Report on sanitation, dispensaries, and jails in Rajputana for 1921, and on vaccination for the year 1921-1922 - 1921-1922
Year: 1921
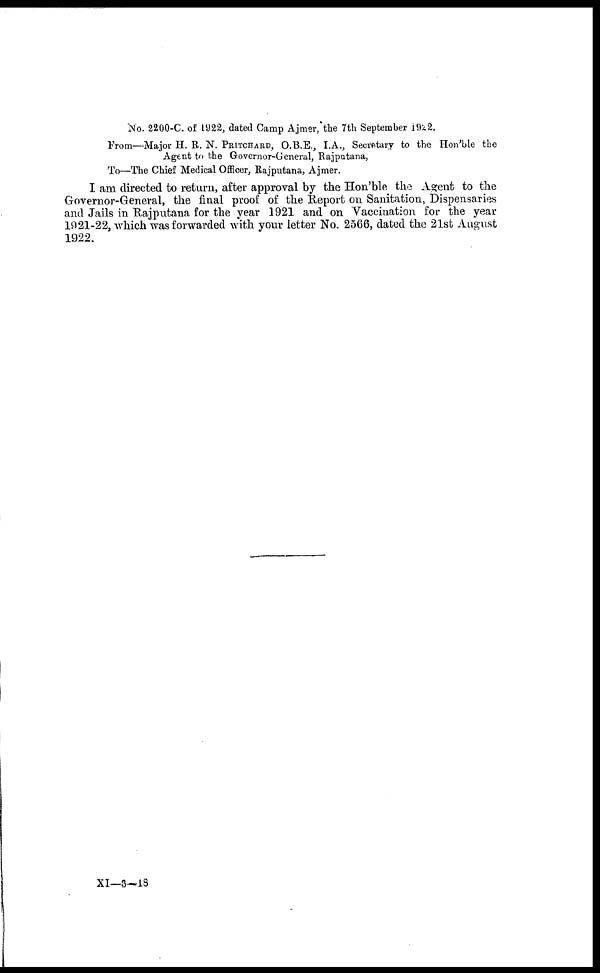
No. 2200-C. of 1922, dated Camp Ajmer, the 7th September 1922.
From—Major H. R. N. PRITCHARD, O.B.E., I.A., Secretary to the Hon'ble the
Agent to the Governor-General, Rajputana,
To—The Chief Medical Officer, Rajputana, Ajmer.
I am directed to return, after approval by the Hon'ble the Agent to the
Governor-General, the final proof of the Report on Sanitation, Dispensaries
and Jails in Rajputana for the year 1921 and on Vaccination for the year
1921-22, which was forwarded with your letter No. 2566, dated the 21st August
1922.
XI—3—18